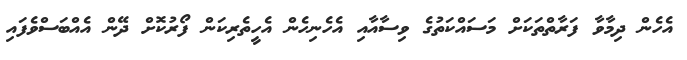
އެހެން ދިމާވާ ފަރާތްތަކަށް މަސައްކަތުގެ ވިސާއާއި އެހެނިހެން އެހީތެރިކަން ފޯރުކޮށް ދޭން އެއްބަސްވެފައި